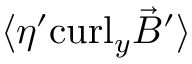
\langle \eta ^ { \prime } \mathrm { c u r l } _ { y } { \vec { B } } ^ { \prime } \rangle